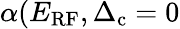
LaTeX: \alpha(E_{\mathrm{RF}},\Delta_{\mathrm{c}}=0